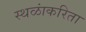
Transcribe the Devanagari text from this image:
स्थळांकरिता